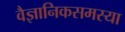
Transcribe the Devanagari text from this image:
वैज्ञानिकसमस्या